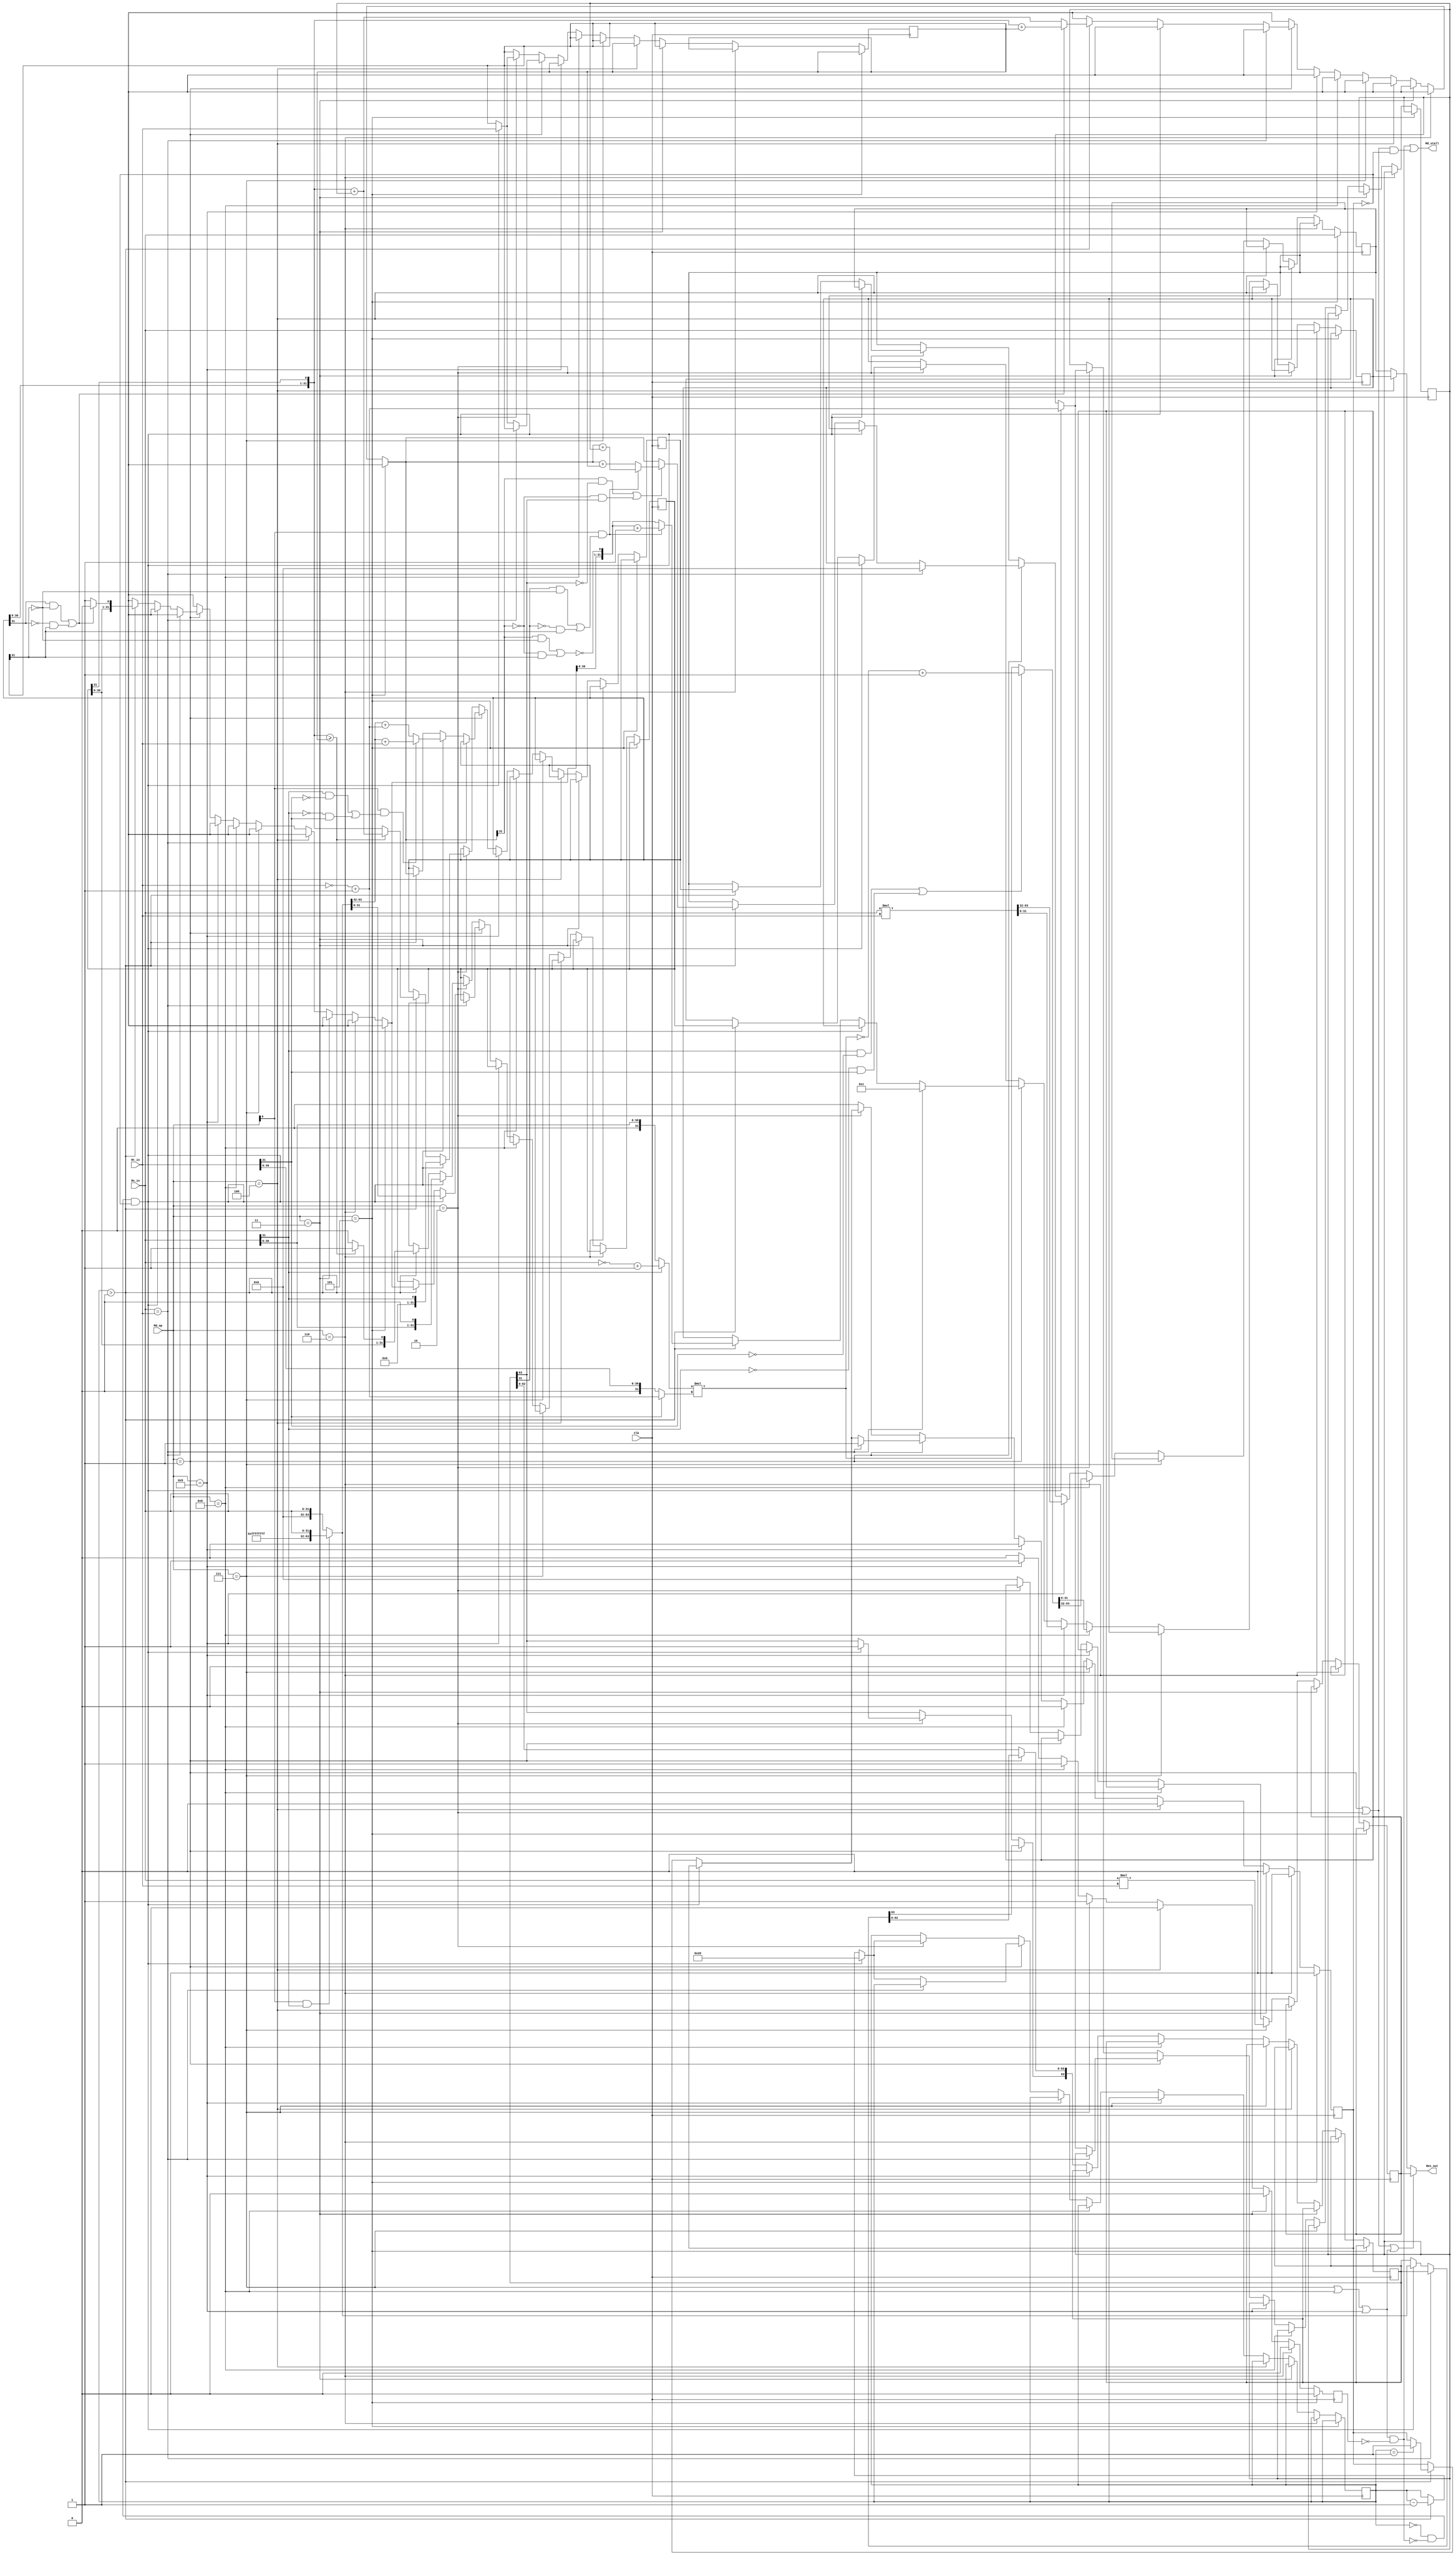
`timescale 1ns / 1ps
//////////////////////////////////////////////////////////////////////////////////
// Company: NJU_CS_COD_2015
// 
// Design Name: multiple and divide unit
// Module Name: muldiv
// Project Name: pipeline cpu
// Target Devices: xc7a100tcsg324-1
// Tool Versions: 0.0
// Description: implement multiple and divide instructions and MFHI/LO
// , MTHI/LO instructions
// 
// Dependencies: 
// 
// Revision:0.0
// Revision 0.01 - File Created
// Additional Comments:
// 
//////////////////////////////////////////////////////////////////////////////////

module muldiv
(
	input [3:0] Md_op,
	input [31:0] Rs_in,
	input [31:0] Rt_in,
	input Clk,
	output [31:0] Res_out,
	output Md_stall
);

// Md_op = 0001	op = DIV
//	   0010 op = DIVU
//	   0011 op = MFHI 
//	   0100 op = MFLO
//	   0101 op = MTHI
//	   0110 op = MTLO
//	   0111 op = MUL
//	   1000 op = MULT
//	   1001 op = MULTU

reg [31:0] Hi;
reg [31:0] Lo;
//reg [31:0] result_lo;
reg [31:0] result_hi;

reg [31:0] Y;
reg [31:0] _Y;
reg [31:0] R;
reg [31:0] Q;
reg [63:0] X;
reg negative_output;
reg multiplied, divided;
reg [31:0] calculated_res;
reg [63:0] res_MUL;
reg [63:0] res_MUL_temp;
reg MUL_signed;
reg [31:0] MUL_Rs;
reg [31:0] MUL_Rt;




//wire [31:0] remainder = (!negative_output)? dividend_copy[31:0] : ~dividend_copy[31:0] + 1'b1;

reg [5:0] cnt;
wire multiplying = (Md_op == 4'b0111) || (Md_op == 4'b1000) || (Md_op == 4'b1001);
wire dividing = (Md_op == 4'b0001) || (Md_op == 4'b0010);
wire ready = !cnt && !(multiplying && !multiplied);
wire [31:0] wired_res = Md_op == 4'b0100 ? Lo : Hi;
assign Res_out = dividing|multiplying ? calculated_res : wired_res;

assign Md_stall = (multiplying && !multiplied) || (dividing && !divided);

initial begin
	calculated_res = 32'h0;
	Hi = 32'h0;
	Lo = 32'h0;
	cnt = 0;
	negative_output = 0;
    multiplied = 1'b0;
    divided = 1'b0;
end

always@(negedge Clk)
begin
    if(Md_op == 4'b0101) begin			//MTHI
        divided <= 0;
        multiplied <= 0;
		Hi <= Rs_in;
    end
    else if(Md_op == 4'b0110) begin		//MTLO
        divided <= 0;
        multiplied <= 0;
		Lo <= Rs_in;
    end
    else if(Md_op == 4'b0011) begin		//MFHI
        divided <= 0;
        multiplied <= 0;
    end
    else if(Md_op == 4'b0100) begin	//MFLO
        divided <= 0;
        multiplied <= 0;
    end
    else if(Md_op == 4'b0111) begin		//MUL
        divided <= 0;
        multiplied <= 1;
		{result_hi , calculated_res} <= $signed(Rs_in)*$signed(Rt_in);
    end
    else if(Md_op == 4'b1000) begin	//MULT
        divided <= 0;
        multiplied <= 1;
        MUL_Rs = Rs_in[31] ? ~Rs_in + 32'b1 : Rs_in;
        MUL_Rt = Rt_in[31] ? ~Rt_in + 32'b1 : Rt_in;
		res_MUL_temp = MUL_Rs * MUL_Rt;
		MUL_signed = (Rs_in[31] & ~Rt_in[31])|(~Rs_in[31] & Rt_in[31]);
		res_MUL = MUL_signed ? ~res_MUL_temp + 1 : res_MUL_temp;
		Hi <= res_MUL[63:32];
		Lo <= res_MUL[31:0];
    end
    else if(Md_op == 4'b1001) begin	//MULTU
        divided <= 0;
        multiplied <= 1;
		{Hi , Lo} = Rs_in * Rt_in;
    end
	else if(Md_op == 4'b0001) 	//DIV
	begin
	    multiplied <= 0;
	    if(Rs_in == Rt_in)
	    begin
            divided <= 1;
            Hi <= 32'b0;
            Lo <= 32'b1;
		end
		else if(ready&&!divided)		//initial some registers
		begin
			cnt = 6'd32;
			X = (Md_op[0] && Rs_in[31])?{32'hffffffff,Rs_in}:{32'b0,Rs_in};
			Y = Rt_in;
			_Y = ~Y + 32'b1;
			if(Md_op[0] && ((Rs_in[31] && !Rt_in[31])||(!Rs_in[31]&&Rt_in[31])))//
                R = X[63:32] + Y;
            else
                R = X[63:32] + _Y;
            Q = X[31:0];
		end
		else if(cnt > 0)	//substract
		begin
			if((R[31] && !Y[31]) || (!R[31] && Y[31]))//
			begin
                R = {R[30:0],Q[31]} + Y;
                Q = {Q[30:0],1'b0};
            end
            else
            begin
                R = {R[30:0],Q[31]} + _Y;
                Q = {Q[30:0],1'b1};
            end
            if((R[31] && !X[63]) || (!R[31] && X[63]))
            begin
                if(Md_op[0] && ((X[31] && !Y[31])||(!X[31]&&Y[31])))//
                begin
                    Hi <= R + _Y;
                    Lo <= {Q[30:0],!((R[31] && !Y[31]) || (!R[31] && Y[31]))} + 32'b1;
                end
                else
                begin
                    Hi <= R + Y;
                    Lo <= {Q[30:0],!((R[31] && !Y[31]) || (!R[31] && Y[31]))};
                end
            end
            else
            begin
                if(Md_op[0] && ((X[31] && !Y[31])||(!X[31]&&Y[31])))//
                begin
                    Hi <= R;
                    Lo <= {Q[30:0],!((R[31] && !Y[31]) || (!R[31] && Y[31]))} + 32'b1;
                end
                else
                begin
                    Hi <= R;
                    Lo <= {Q[30:0],!((R[31] && !Y[31]) || (!R[31] && Y[31]))};
                end
            end
			cnt <= cnt - 1'b1;
            if(cnt == 1) divided <= 1;
		end
	end
	else if(Md_op == 4'b0010) 	// DIVU
        begin
        multiplied <= 0;
        if(ready&&!divided)        //initial some registers
        begin
            cnt = 6'd32;
            X[63] = 1'b1;
            Y = Rt_in;
            _Y = ~Y + 32'b1;
            R = Rs_in[31];
            Q = {Rs_in[30:0],1'b0};
        end
        else if(cnt > 0)    //substract
        begin
            if({R[30:0],Q[31]} >= Y)
            begin
                R <= {R[30:0],Q[31]} + _Y;
                Q <= {Q[30:0],1'b1};
                Hi <= R;
                Lo <= Q;
            end
            else
            begin
                R <= {R[30:0],Q[31]};
                Q <= {Q[30:0],1'b0};
                Hi <= R;
                Lo <= Q;
            end
            cnt <= cnt - 1'b1;
            if(cnt == 1) divided <= 1;
        end
    end
    else begin
        calculated_res <= 32'h0;
        multiplied <= 0;
        divided <= 0;
    end
end

endmodule